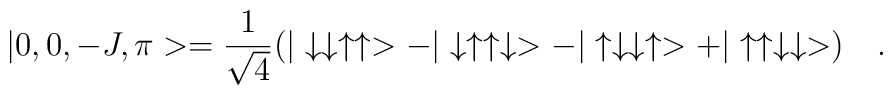
|0,0,-J,\pi>=\frac{1}{\sqrt{4}}(|\downarrow \downarrow\uparrow\uparrow>-|\downarrow\uparrow\uparrow\downarrow>-|\uparrow\downarrow \downarrow\uparrow>+ |\uparrow\uparrow\downarrow \downarrow>)\quad .